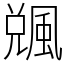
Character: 䬇